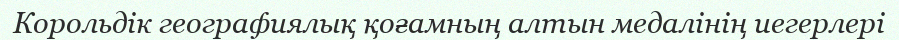
Корольдік географиялық қоғамның алтын медалінің иегерлері